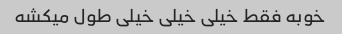
خوبه فقط خیلی خیلی خیلی طول میکشه